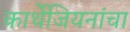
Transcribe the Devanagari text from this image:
कार्थेजियनांचा